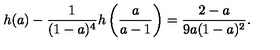
h ( a ) - { \frac { 1 } { ( 1 - a ) ^ { 4 } } } h \left( { \frac { a } { a - 1 } } \right) = { \frac { 2 - a } { 9 a ( 1 - a ) ^ { 2 } } } .